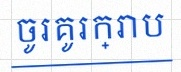
ចូរគូរក្រាប